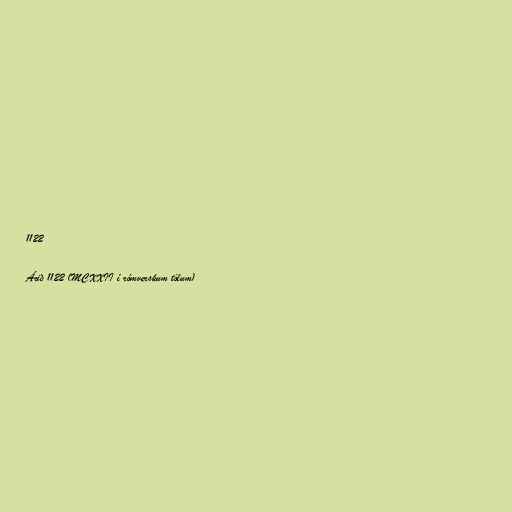
1122

Árið 1122 (MCXXII í rómverskum tölum)